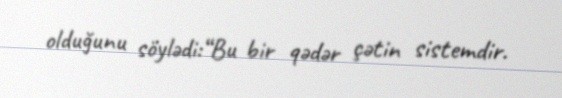
olduğunu söylədi:“Bu bir qədər çətin sistemdir.